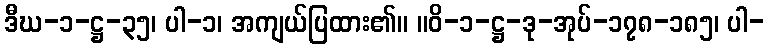
ဒီဃ-၁-ဋ္ဌ-၃၅၊ ပါ-၁၊ အကျယ်ပြထား၏။ ။ဝိ-၁-ဋ္ဌ-ဒု-အုပ်-၁၇၈-၁၈၅၊ ပါ-